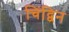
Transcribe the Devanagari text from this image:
चिंद्विन